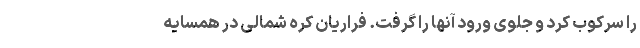
را سرکوب کرد و جلوی ورود آنها را گرفت. فراریان کره شمالی در همسایه